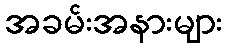
အခမ်းအနားများ